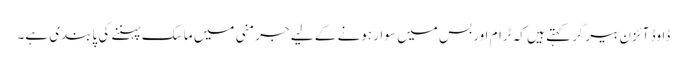
ڈاوڈ آئزن بیرگر کہتے ہیں کہ ٹرام اور بس میں سوار ہونے کے لیے جرمنی میں ماسک پہننے کی پابندی ہے۔